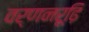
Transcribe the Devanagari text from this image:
वर्णनरूढ़ि